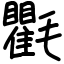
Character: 氍